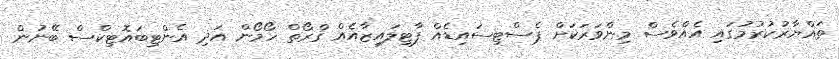
ތައްޔާރުކުރުމުގައި އެއްވެސް މިންވަރަކަށް ޕެސްޓިސައިޑެއް ފާޓިލައިޒާއެއް ގްރޯތް ހޯމޯން އަދި އެންޓިބައޮޓިކްސް ބޭނުން